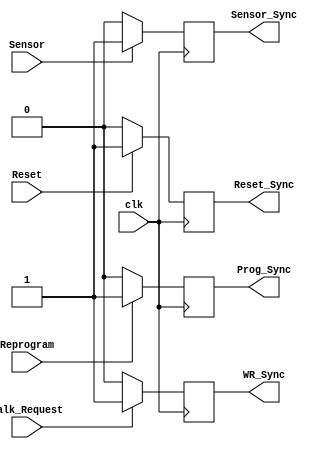
`timescale 1ns / 1ps
//////////////////////////////////////////////////////////////////////////////////
// Company: 
// Engineer: 
// 
// Design Name: 
// Module Name:    Synchronizer 
// Project Name: 
// Target Devices: 
// Tool versions: 
// Description: 
//
// Dependencies: 
//
// Revision: 
// Revision 0.01 - File Created
// Additional Comments: 
//
//////////////////////////////////////////////////////////////////////////////////
module Synchronizer(
    input Reset,
    input Sensor,
    input Walk_Request,
    input Reprogram,
	 input clk,
    output reg Prog_Sync,
    output reg WR_Sync,
    output reg Sensor_Sync,
    output reg Reset_Sync
    );
	always@(posedge clk) begin
	
	if(Reset) Reset_Sync = 1;
	else Reset_Sync = 0;
	
	if(Sensor) Sensor_Sync = 1;
	else Sensor_Sync = 0;
	
	if(Walk_Request) WR_Sync = 1;
	else WR_Sync = 0;
	
	if(Reprogram) Prog_Sync = 1;
	else Prog_Sync = 0;
	
	end

endmodule